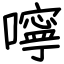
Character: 嚀